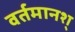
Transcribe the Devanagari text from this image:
वर्तमानश्